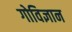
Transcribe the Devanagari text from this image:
गोविज्ञान